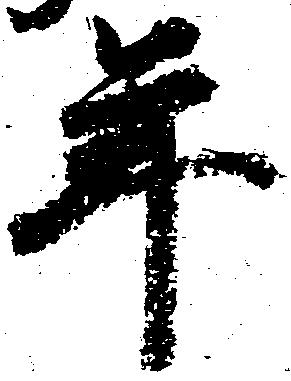
年